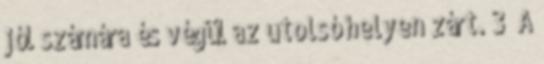
jól számára és végül az utolsó helyen zárt. 3 A